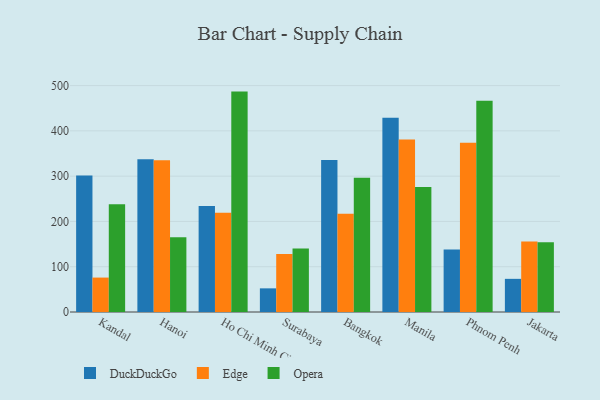
{"axis": {"x": "City", "y": "Waste Production (Tons)"}, "legend": ["DuckDuckGo", "Edge", "Opera"], "data": [{"x": "Kandal", "y": 301.2, "type": "DuckDuckGo"}, {"x": "Kandal", "y": 76.0, "type": "Edge"}, {"x": "Kandal", "y": 238.1, "type": "Opera"}, {"x": "Hanoi", "y": 337.4, "type": "DuckDuckGo"}, {"x": "Hanoi", "y": 335.1, "type": "Edge"}, {"x": "Hanoi", "y": 164.8, "type": "Opera"}, {"x": "Ho Chi Minh City", "y": 234.3, "type": "DuckDuckGo"}, {"x": "Ho Chi Minh City", "y": 218.9, "type": "Edge"}, {"x": "Ho Chi Minh City", "y": 486.7, "type": "Opera"}, {"x": "Surabaya", "y": 52.2, "type": "DuckDuckGo"}, {"x": "Surabaya", "y": 128.2, "type": "Edge"}, {"x": "Surabaya", "y": 140.4, "type": "Opera"}, {"x": "Bangkok", "y": 335.6, "type": "DuckDuckGo"}, {"x": "Bangkok", "y": 216.9, "type": "Edge"}, {"x": "Bangkok", "y": 296.3, "type": "Opera"}, {"x": "Manila", "y": 428.8, "type": "DuckDuckGo"}, {"x": "Manila", "y": 381.2, "type": "Edge"}, {"x": "Manila", "y": 275.9, "type": "Opera"}, {"x": "Phnom Penh", "y": 138.1, "type": "DuckDuckGo"}, {"x": "Phnom Penh", "y": 373.7, "type": "Edge"}, {"x": "Phnom Penh", "y": 466.3, "type": "Opera"}, {"x": "Jakarta", "y": 73.2, "type": "DuckDuckGo"}, {"x": "Jakarta", "y": 155.8, "type": "Edge"}, {"x": "Jakarta", "y": 154.0, "type": "Opera"}]}